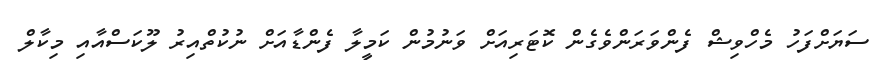
ސަޔަށްފަހު މެހްވިޝް ފެންވަރަންވެގެން ކޮޓަރިއަށް ވަނުމުން ކަމީލާ ފެންޑާއަށް ނުކުތްއިރު ލޫކަސްއާއި މިކާލް